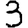
Digit: 3